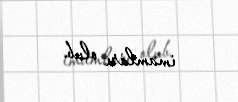
imamları olub.